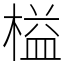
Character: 榏